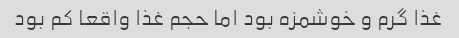
غذا گرم و خوشمزه بود اما حجم غذا واقعا کم بود